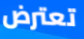
تعترض